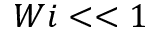
W i < < 1